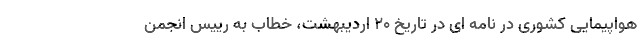
هواپیمایی کشوری در نامه ای در تاریخ ۲۰ اردیبهشت، خطاب به رییس انجمن